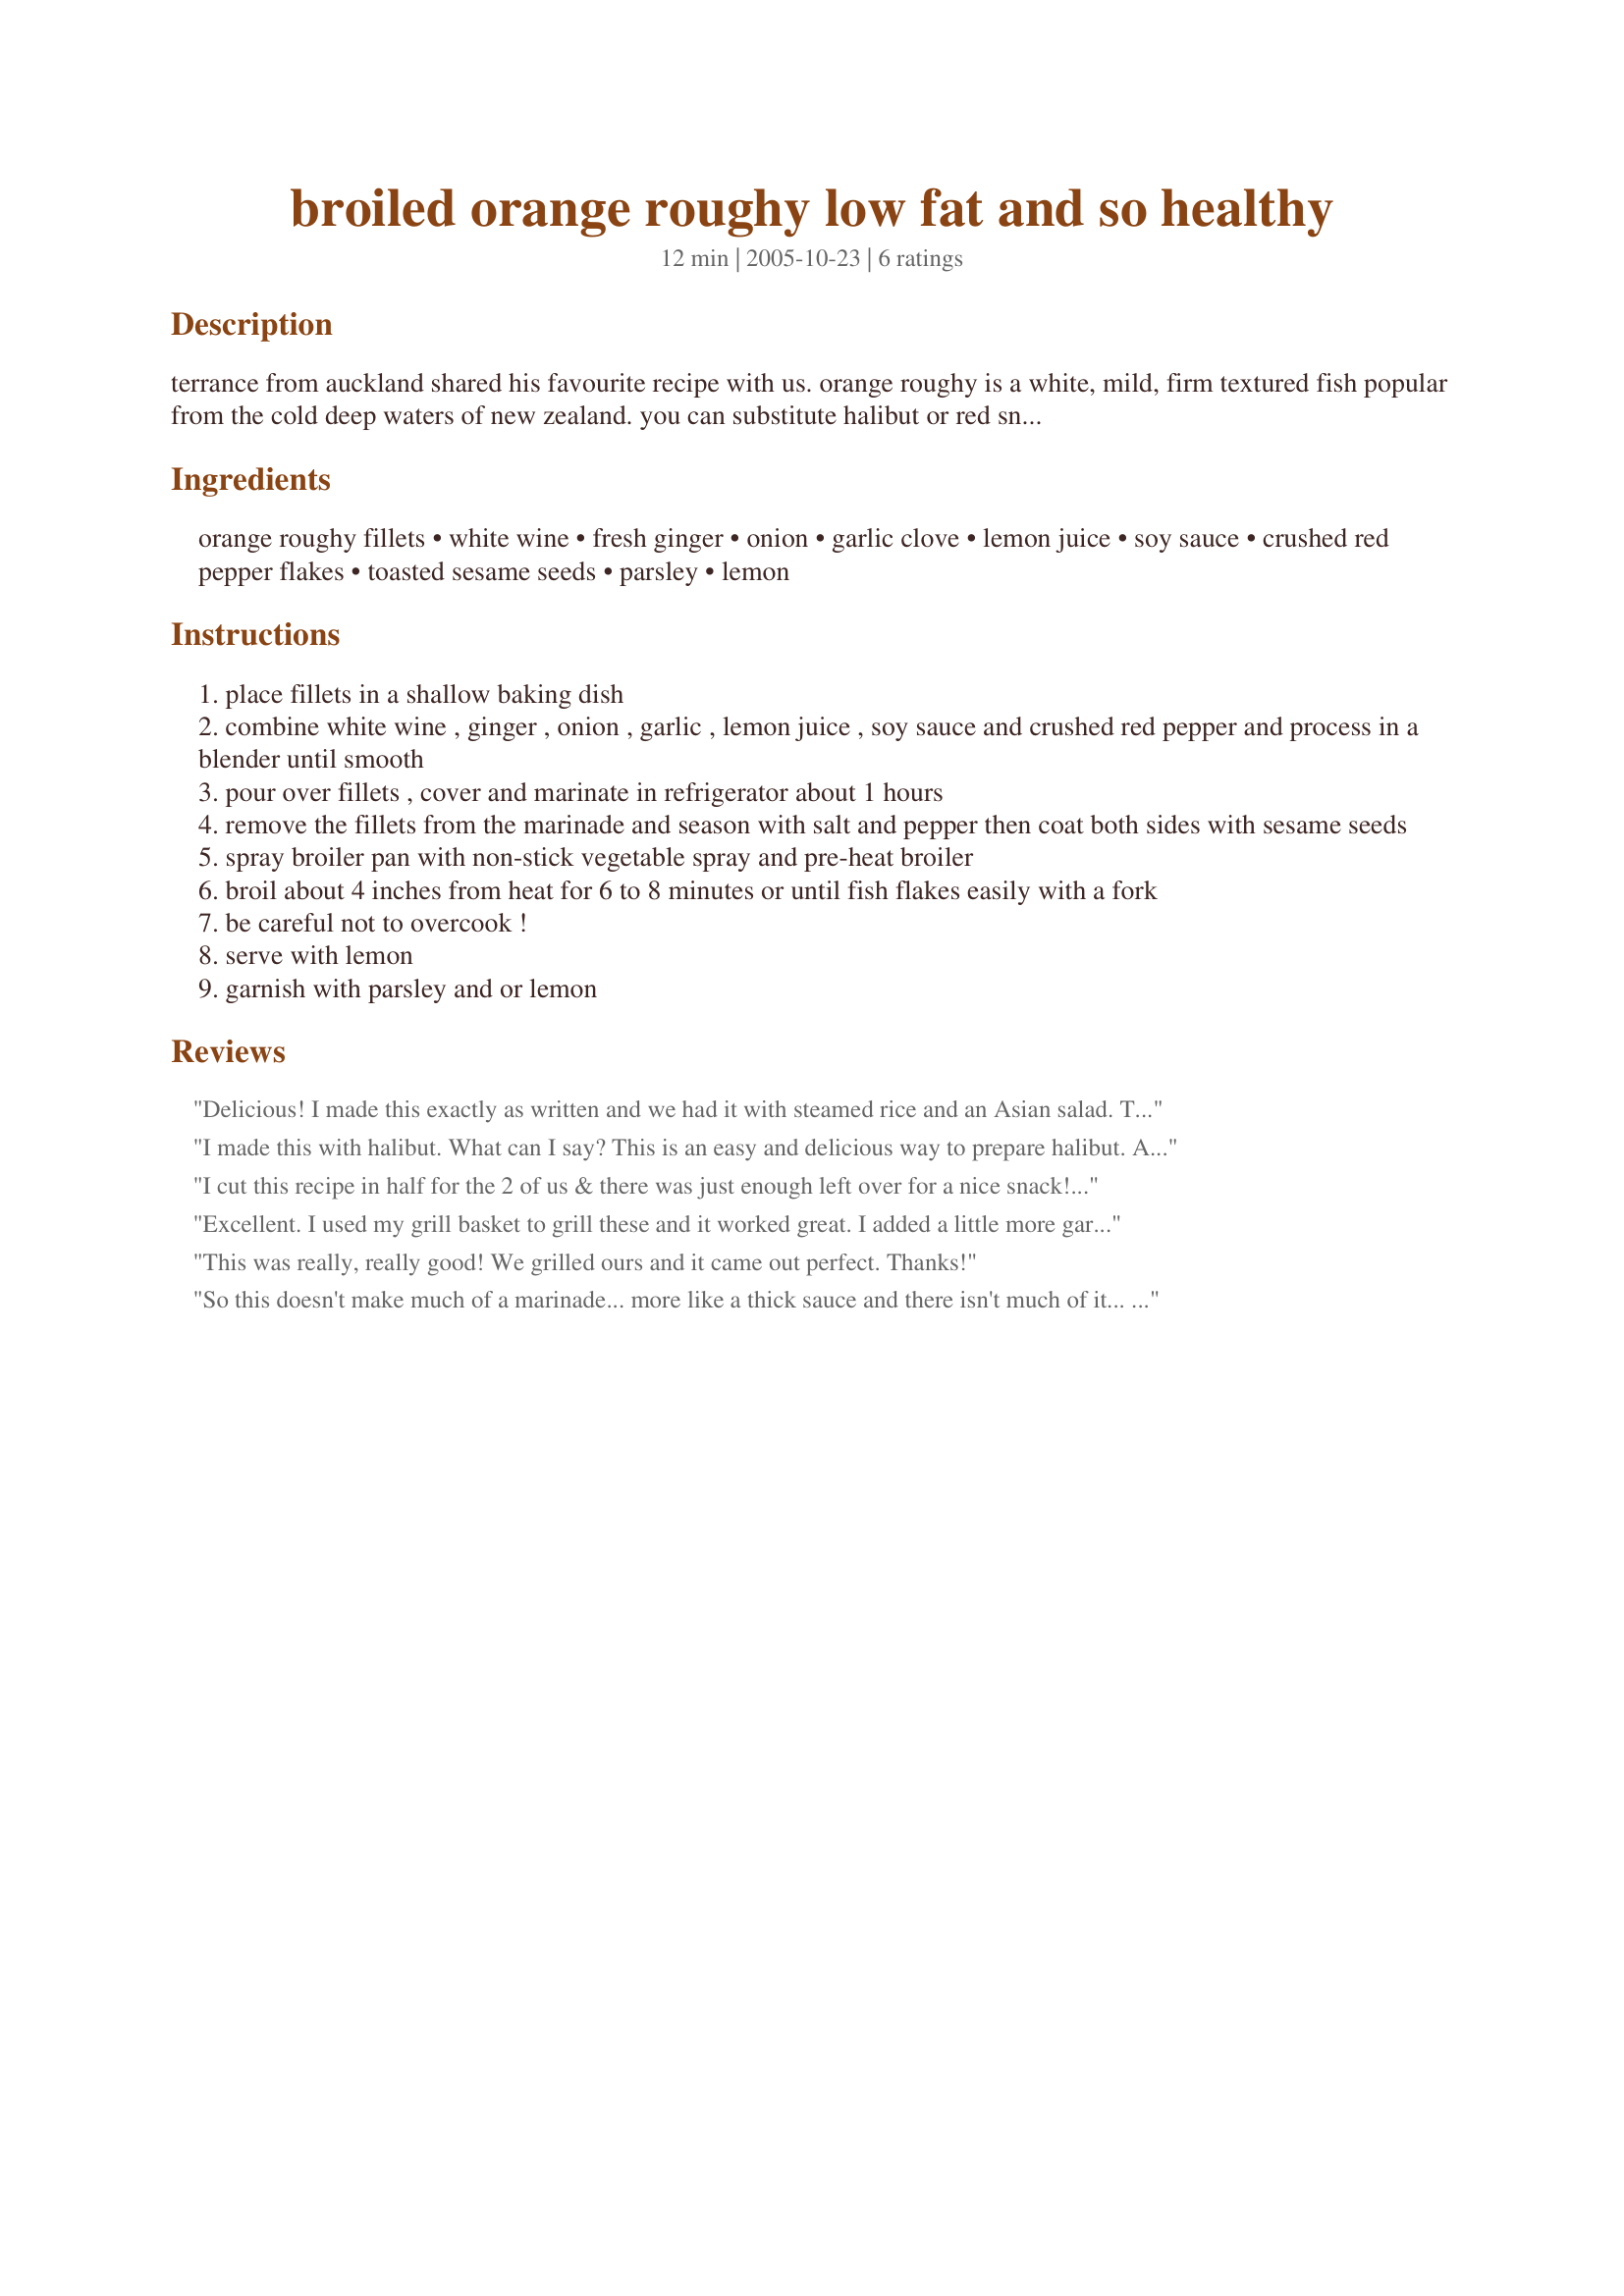
broiled orange roughy low fat and so healthy
Preparation time: 12 minutes

terrance from auckland shared his favourite recipe with us. orange roughy is a white, mild, firm textured fish popular from the cold deep waters of new zealand. you can substitute halibut or red snapper.

Ingredients:
orange roughy fillets, white wine, fresh ginger, onion, garlic clove, lemon juice, soy sauce, crushed red pepper flakes, toasted sesame seeds, parsley, lemon

Steps:
place fillets in a shallow baking dish
combine white wine , ginger , onion , garlic , lemon juice , soy sauce and crushed red pepper and process in a blender until smooth
pour over fillets , cover and marinate in refrigerator about 1 hours
remove the fillets from the marinade and season with salt and pepper then coat both sides with sesame seeds
spray broiler pan with non-stick vegetable spray and pre-heat broiler
broil about 4 inches from heat for 6 to 8 minutes or until fish flakes easily with a fork
be careful not to overcook !
serve with lemon
garnish with parsley and or lemon

Reviews:
Delicious! I made this exactly as written and we had it with steamed rice and an Asian salad. Thanks Rita :)
I made this with halibut. What can I say? This is an easy and delicious way to prepare halibut. And I only marinated 1/2 hr. Recommended.
I cut this recipe in half for the 2 of us & there was just enough left over for a nice snack! I did use roughy as per the recipe but might just try it with halibut another time! Loved the mix of flavors here & wouldn't change a thing (well, except, mayby, to up the amount of garlic, but that's no major thing! [Tagged, made & reviewed while touring Australia during ZWT5]
Excellent. I used my grill basket to grill these and it worked great. I added a little more garlic and extra lemon juice, but other that stayed with the recipe as written. Thanks Rita
This was really, really good! We grilled ours and it came out perfect. Thanks!
So this doesn't make much of a marinade... more like a thick sauce and there isn't much of it... Just enough for me to spread evenly on the top of 5 filets. Definitely not enough to do both sides. 2 Tablespoons of white wine and 1/2 teaspoon of soy sauce and 1/2 teaspoon of lemon juice is the extent of the liquid... not a marinade makes.
